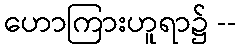
ဟောကြားဟူရာ၌ --